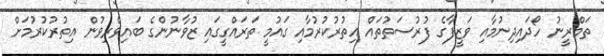
ތަމްރީނު ހޯދައިދިނުމާއި ވަޒީފާގެ ފުރުސަތުތައް އިތުރުކުރުމާއި ގައުމީ ތަރައްގީގައި ޒުވާނުންގެ ބައިވެރިވުން އިތުރުކުރުމަށް